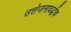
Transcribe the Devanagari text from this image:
उत्तेजनावर्द्धक